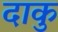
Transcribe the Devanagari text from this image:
दाकु